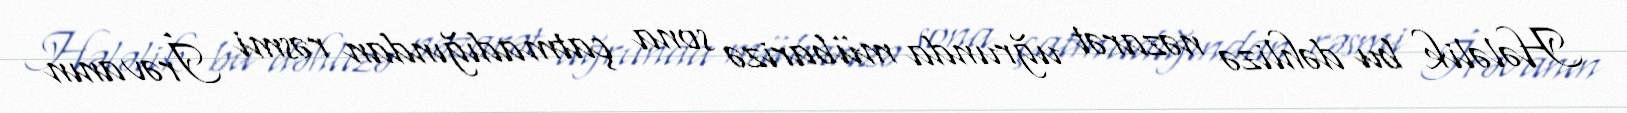
Hələlik bu dəhlizə nəzarət uğrunda mübarizə sona çatmadığından rəsmi İrəvanın